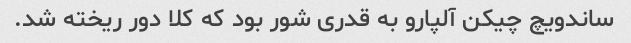
ساندویچ چیکن آلپارو به قدری شور بود که کلا دور ریخته شد.